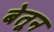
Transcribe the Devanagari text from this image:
बेतून